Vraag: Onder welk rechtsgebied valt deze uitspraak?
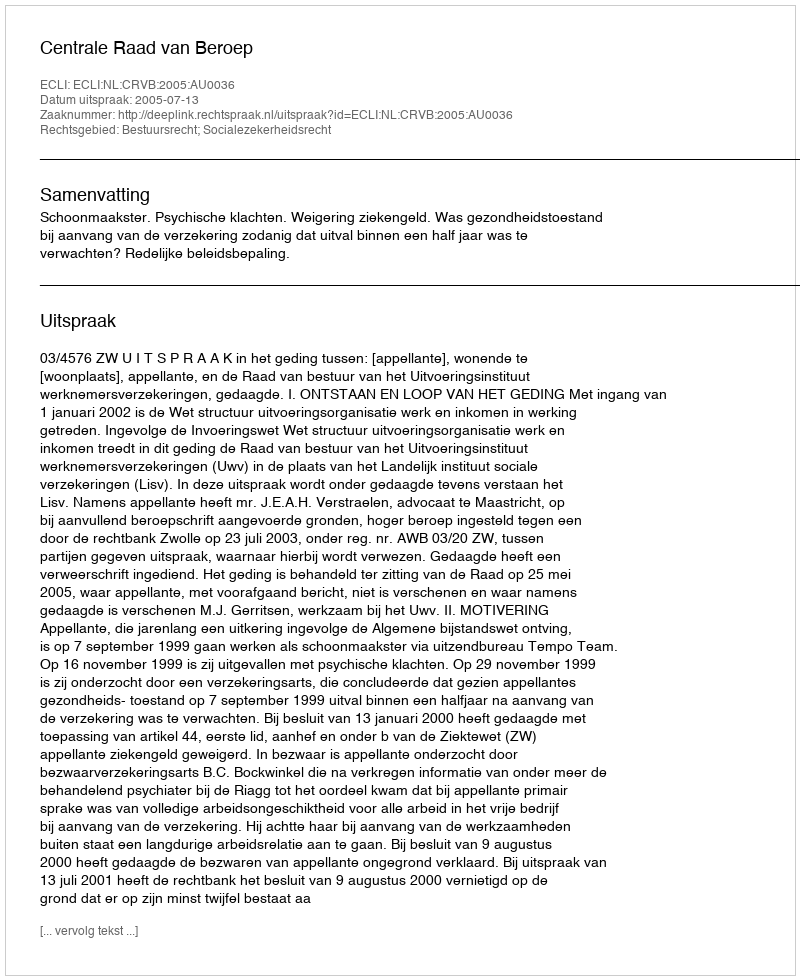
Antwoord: Bestuursrecht; Socialezekerheidsrecht